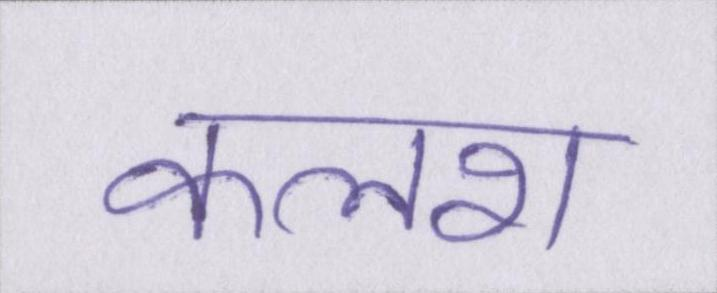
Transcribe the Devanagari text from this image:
कलश